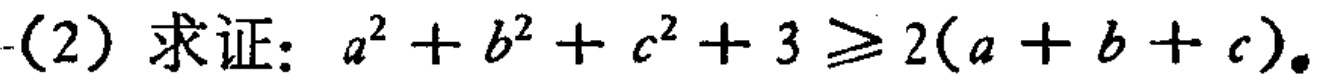
(2) 求证：\(a^{2}+b^{2}+c^{2}+3\geqslant 2(a + b + c)\)。